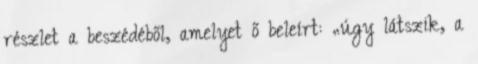
részlet a beszédéből, amelyet ő beleírt: „úgy látszik, a